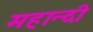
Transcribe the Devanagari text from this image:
महान्दी